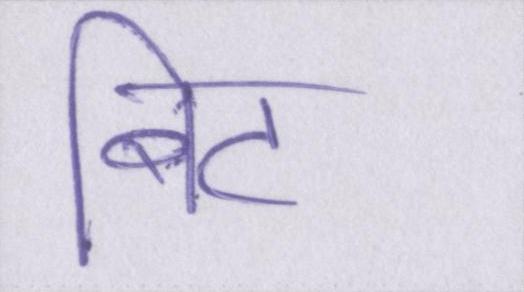
बिट